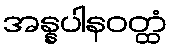
အန္နပါနဝတ္ထံ